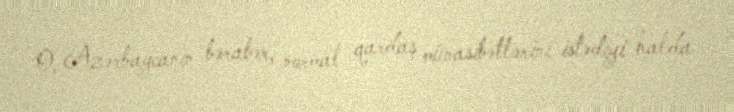
O, Azərbaycanın bərabər, normal qardaş münasibətlərini istədiyi halda